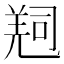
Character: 𠻁